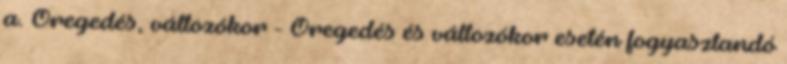
a. Öregedés, változókor - Öregedés és változókor esetén fogyasztandó